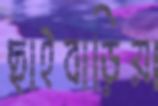
ছাইবাড়িয়া